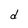
Character: d